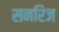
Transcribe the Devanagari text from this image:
सनरिज